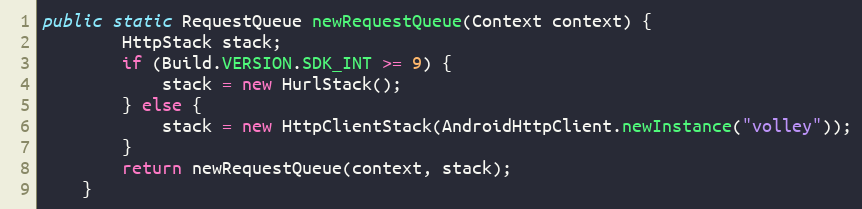
Language: Java
public static RequestQueue newRequestQueue(Context context) {
		HttpStack stack;
		if (Build.VERSION.SDK_INT >= 9) {
			stack = new HurlStack();
		} else {
			stack = new HttpClientStack(AndroidHttpClient.newInstance("volley"));
		}
		return newRequestQueue(context, stack);
	}